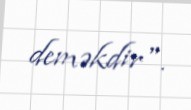
deməkdir".